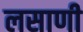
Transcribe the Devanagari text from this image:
लसाणी